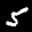
Label: 5